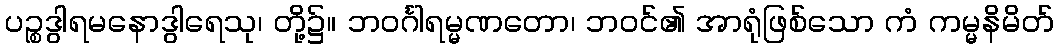
ပဉ္စဒွါရမနောဒွါရေသု၊ တို့၌။ ဘဝင်္ဂါရမ္မဏတော၊ ဘဝင်၏ အာရုံဖြစ်သော ကံ ကမ္မနိမိတ်